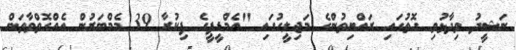
ނަޝީދު ވިދާޅުވި ގޮތުގައި ރައްޔިތުންގެ މަޖިލީހުގައި "އެމްޑީޕީގެ ފިކުރާ 39 މެމްބަރުން އެއްގޮތްވާތަން